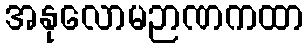
အနုလောမဉာဏကထာ